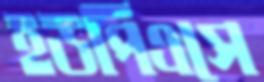
ইউপিএসে